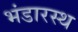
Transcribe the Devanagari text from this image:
भंडारस्थ